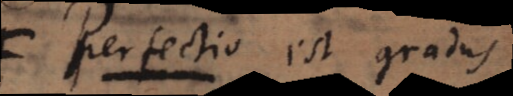
perfectior est qualis